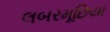
લબરમૂછિયા